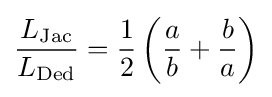
{\frac {L_{\mathrm {Jac} }}{L_{\mathrm {Ded} }}}={\frac {1}{2}}\left({\frac {a}{b}}+{\frac {b}{a}}\right)